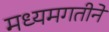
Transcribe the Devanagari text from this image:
मध्यमगतीने